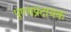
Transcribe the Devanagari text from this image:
पुण्यप्रदायक